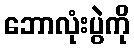
ဘောလုံးပွဲကို